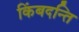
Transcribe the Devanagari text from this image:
किंबदन्ति